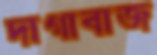
দাগাবাজ